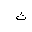
Letter: _tha